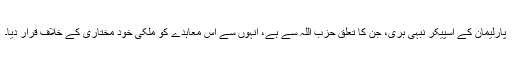
پارلیمان کے اسپیکر نبہی بری، جن کا تعلق حزب اللہ سے ہے، انہوں سے اس معاہدے کو ملکی خود مختاری کے خلاف قرار دیا۔